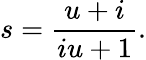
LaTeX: s={\frac{u+i}{iu+1}}.